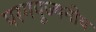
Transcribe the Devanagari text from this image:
परमपूज्‍यनीय